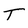
Character: T